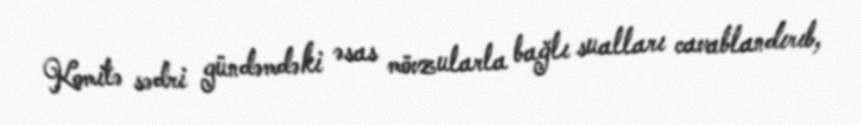
Komitə sədri gündəmdəki əsas mövzularla bağlı sualları cavablandırıb,